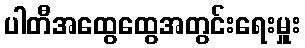
ပါတီအထွေထွေအတွင်းရေးမှူး